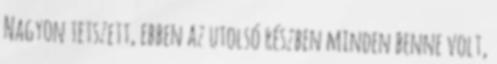
Nagyon tetszett, ebben az utolsó részben minden benne volt,